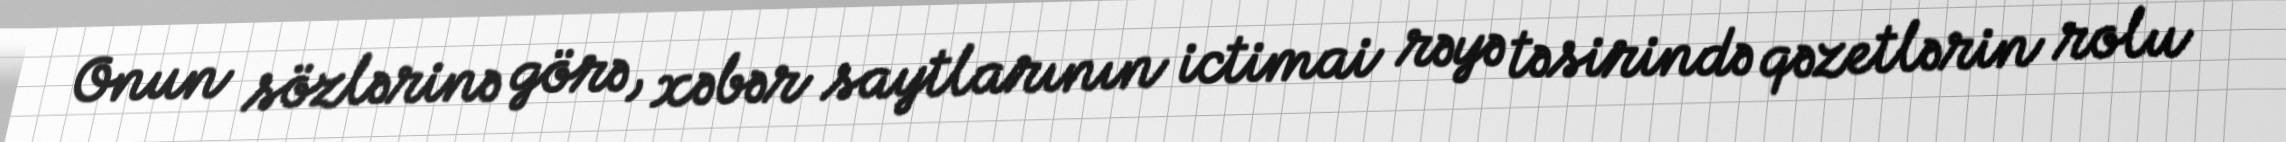
Onun sözlərinə görə, xəbər saytlarının ictimai rəyə təsirində qəzetlərin rolu